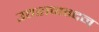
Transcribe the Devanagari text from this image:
उत्तरानन्दन